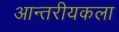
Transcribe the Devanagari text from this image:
आन्तरीयकला